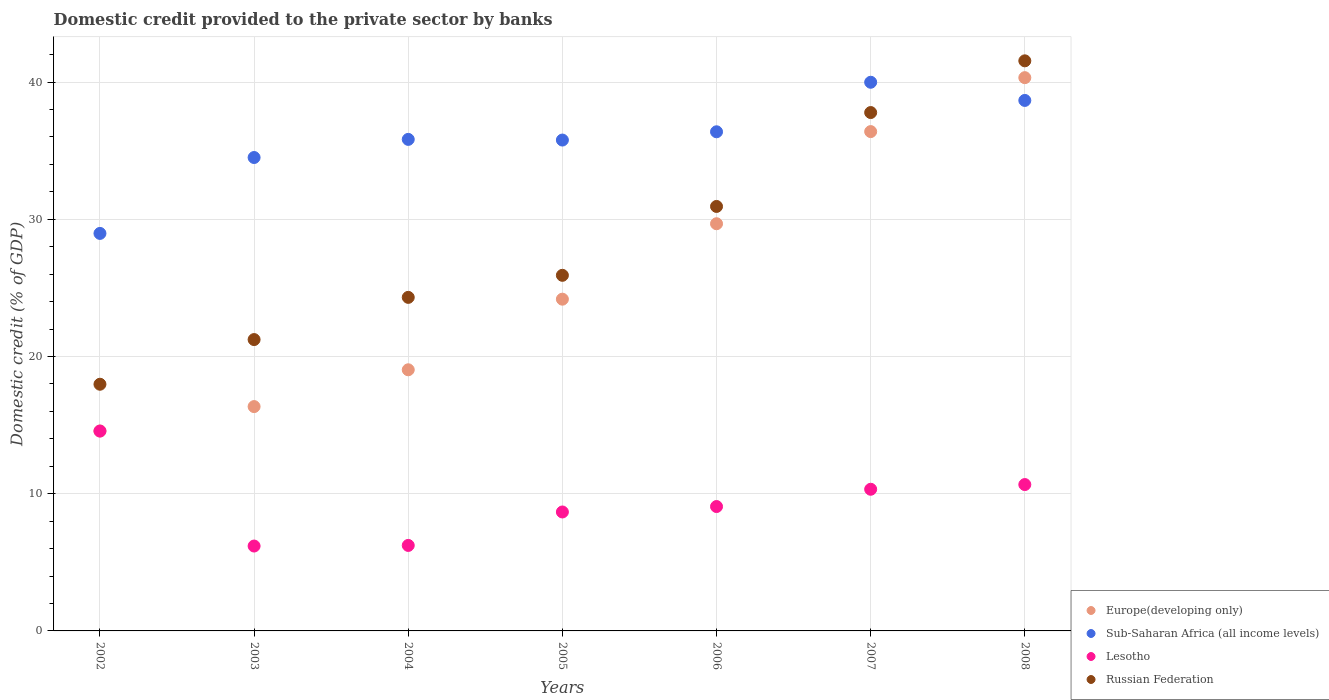
| Years | Europe(developing only) | Sub-Saharan Africa (all income levels) | Lesotho | Russian Federation |
 | --- | --- | --- | --- | --- |
 | 2002 | 14.6 | 29 | 14.6 | 18 |
 | 2003 | 16.4 | 34.5 | 6.19 | 21.2 |
 | 2004 | 19 | 35.8 | 6.23 | 24.3 |
 | 2005 | 24.2 | 35.8 | 8.67 | 25.9 |
 | 2006 | 29.7 | 36.4 | 9.07 | 30.9 |
 | 2007 | 36.4 | 40 | 10.3 | 37.8 |
 | 2008 | 40.3 | 38.7 | 10.7 | 41.6 |